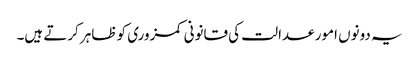
یہ دونوں امور عدالت کی قانونی کمزوری کو ظاہر کرتے ہیں۔